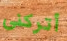
أتركنى